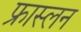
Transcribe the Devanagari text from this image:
फ्रास्लन